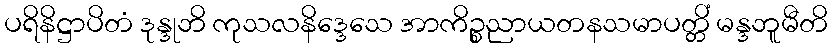
ပရိနိဋ္ဌာပိတံ ဒုန္ဒုဘိ ကုသလနိဒ္ဒေသေ အာကိဉ္စညာယတနသမာပတ္တိံ မန္ဒဘူမီတိ